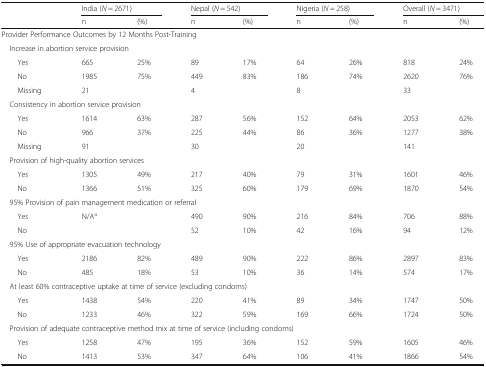
<table><thead><tr><td rowspan="2"></td><td colspan="2"><b>India (<i>N</i> = 2671)</b></td><td colspan="2"><b>Nepal (<i>N</i> = 542)</b></td><td colspan="2"><b>Nigeria (<i>N</i> = 258)</b></td><td colspan="2"><b>Overall (<i>N</i> = 3471)</b></td></tr><tr><td><b>n</b></td><td><b>(%)</b></td><td><b>n</b></td><td><b>(%)</b></td><td><b>n</b></td><td><b>(%)</b></td><td><b>n</b></td><td><b>(%)</b></td></tr></thead><tbody><tr><td colspan="9">Provider Performance Outcomes by 12 Months Post-Training</td></tr><tr><td colspan="9"> Increase in abortion service provision</td></tr><tr><td>Yes</td><td>665</td><td>25%</td><td>89</td><td>17%</td><td>64</td><td>26%</td><td>818</td><td>24%</td></tr><tr><td>No</td><td>1985</td><td>75%</td><td>449</td><td>83%</td><td>186</td><td>74%</td><td>2620</td><td>76%</td></tr><tr><td>Missing</td><td>21</td><td></td><td>4</td><td></td><td>8</td><td></td><td>33</td><td></td></tr><tr><td colspan="9"> Consistency in abortion service provision</td></tr><tr><td>Yes</td><td>1614</td><td>63%</td><td>287</td><td>56%</td><td>152</td><td>64%</td><td>2053</td><td>62%</td></tr><tr><td>No</td><td>966</td><td>37%</td><td>225</td><td>44%</td><td>86</td><td>36%</td><td>1277</td><td>38%</td></tr><tr><td>Missing</td><td>91</td><td></td><td>30</td><td></td><td>20</td><td></td><td>141</td><td></td></tr><tr><td colspan="9"> Provision of high-quality abortion services</td></tr><tr><td>Yes</td><td>1305</td><td>49%</td><td>217</td><td>40%</td><td>79</td><td>31%</td><td>1601</td><td>46%</td></tr><tr><td>No</td><td>1366</td><td>51%</td><td>325</td><td>60%</td><td>179</td><td>69%</td><td>1870</td><td>54%</td></tr><tr><td colspan="9"> 95% Provision of pain management medication or referral</td></tr><tr><td>Yes</td><td>N/A<sup>a</sup></td><td></td><td>490</td><td>90%</td><td>216</td><td>84%</td><td>706</td><td>88%</td></tr><tr><td>No</td><td></td><td></td><td>52</td><td>10%</td><td>42</td><td>16%</td><td>94</td><td>12%</td></tr><tr><td colspan="9"> 95% Use of appropriate evacuation technology</td></tr><tr><td>Yes</td><td>2186</td><td>82%</td><td>489</td><td>90%</td><td>222</td><td>86%</td><td>2897</td><td>83%</td></tr><tr><td>No</td><td>485</td><td>18%</td><td>53</td><td>10%</td><td>36</td><td>14%</td><td>574</td><td>17%</td></tr><tr><td colspan="9"> At least 60% contraceptive uptake at time of service (excluding condoms)</td></tr><tr><td>Yes</td><td>1438</td><td>54%</td><td>220</td><td>41%</td><td>89</td><td>34%</td><td>1747</td><td>50%</td></tr><tr><td>No</td><td>1233</td><td>46%</td><td>322</td><td>59%</td><td>169</td><td>66%</td><td>1724</td><td>50%</td></tr><tr><td colspan="9"> Provision of adequate contraceptive method mix at time of service (including condoms)</td></tr><tr><td>Yes</td><td>1258</td><td>47%</td><td>195</td><td>36%</td><td>152</td><td>59%</td><td>1605</td><td>46%</td></tr><tr><td>No</td><td>1413</td><td>53%</td><td>347</td><td>64%</td><td>106</td><td>41%</td><td>1866</td><td>54%</td></tr></tbody></table>